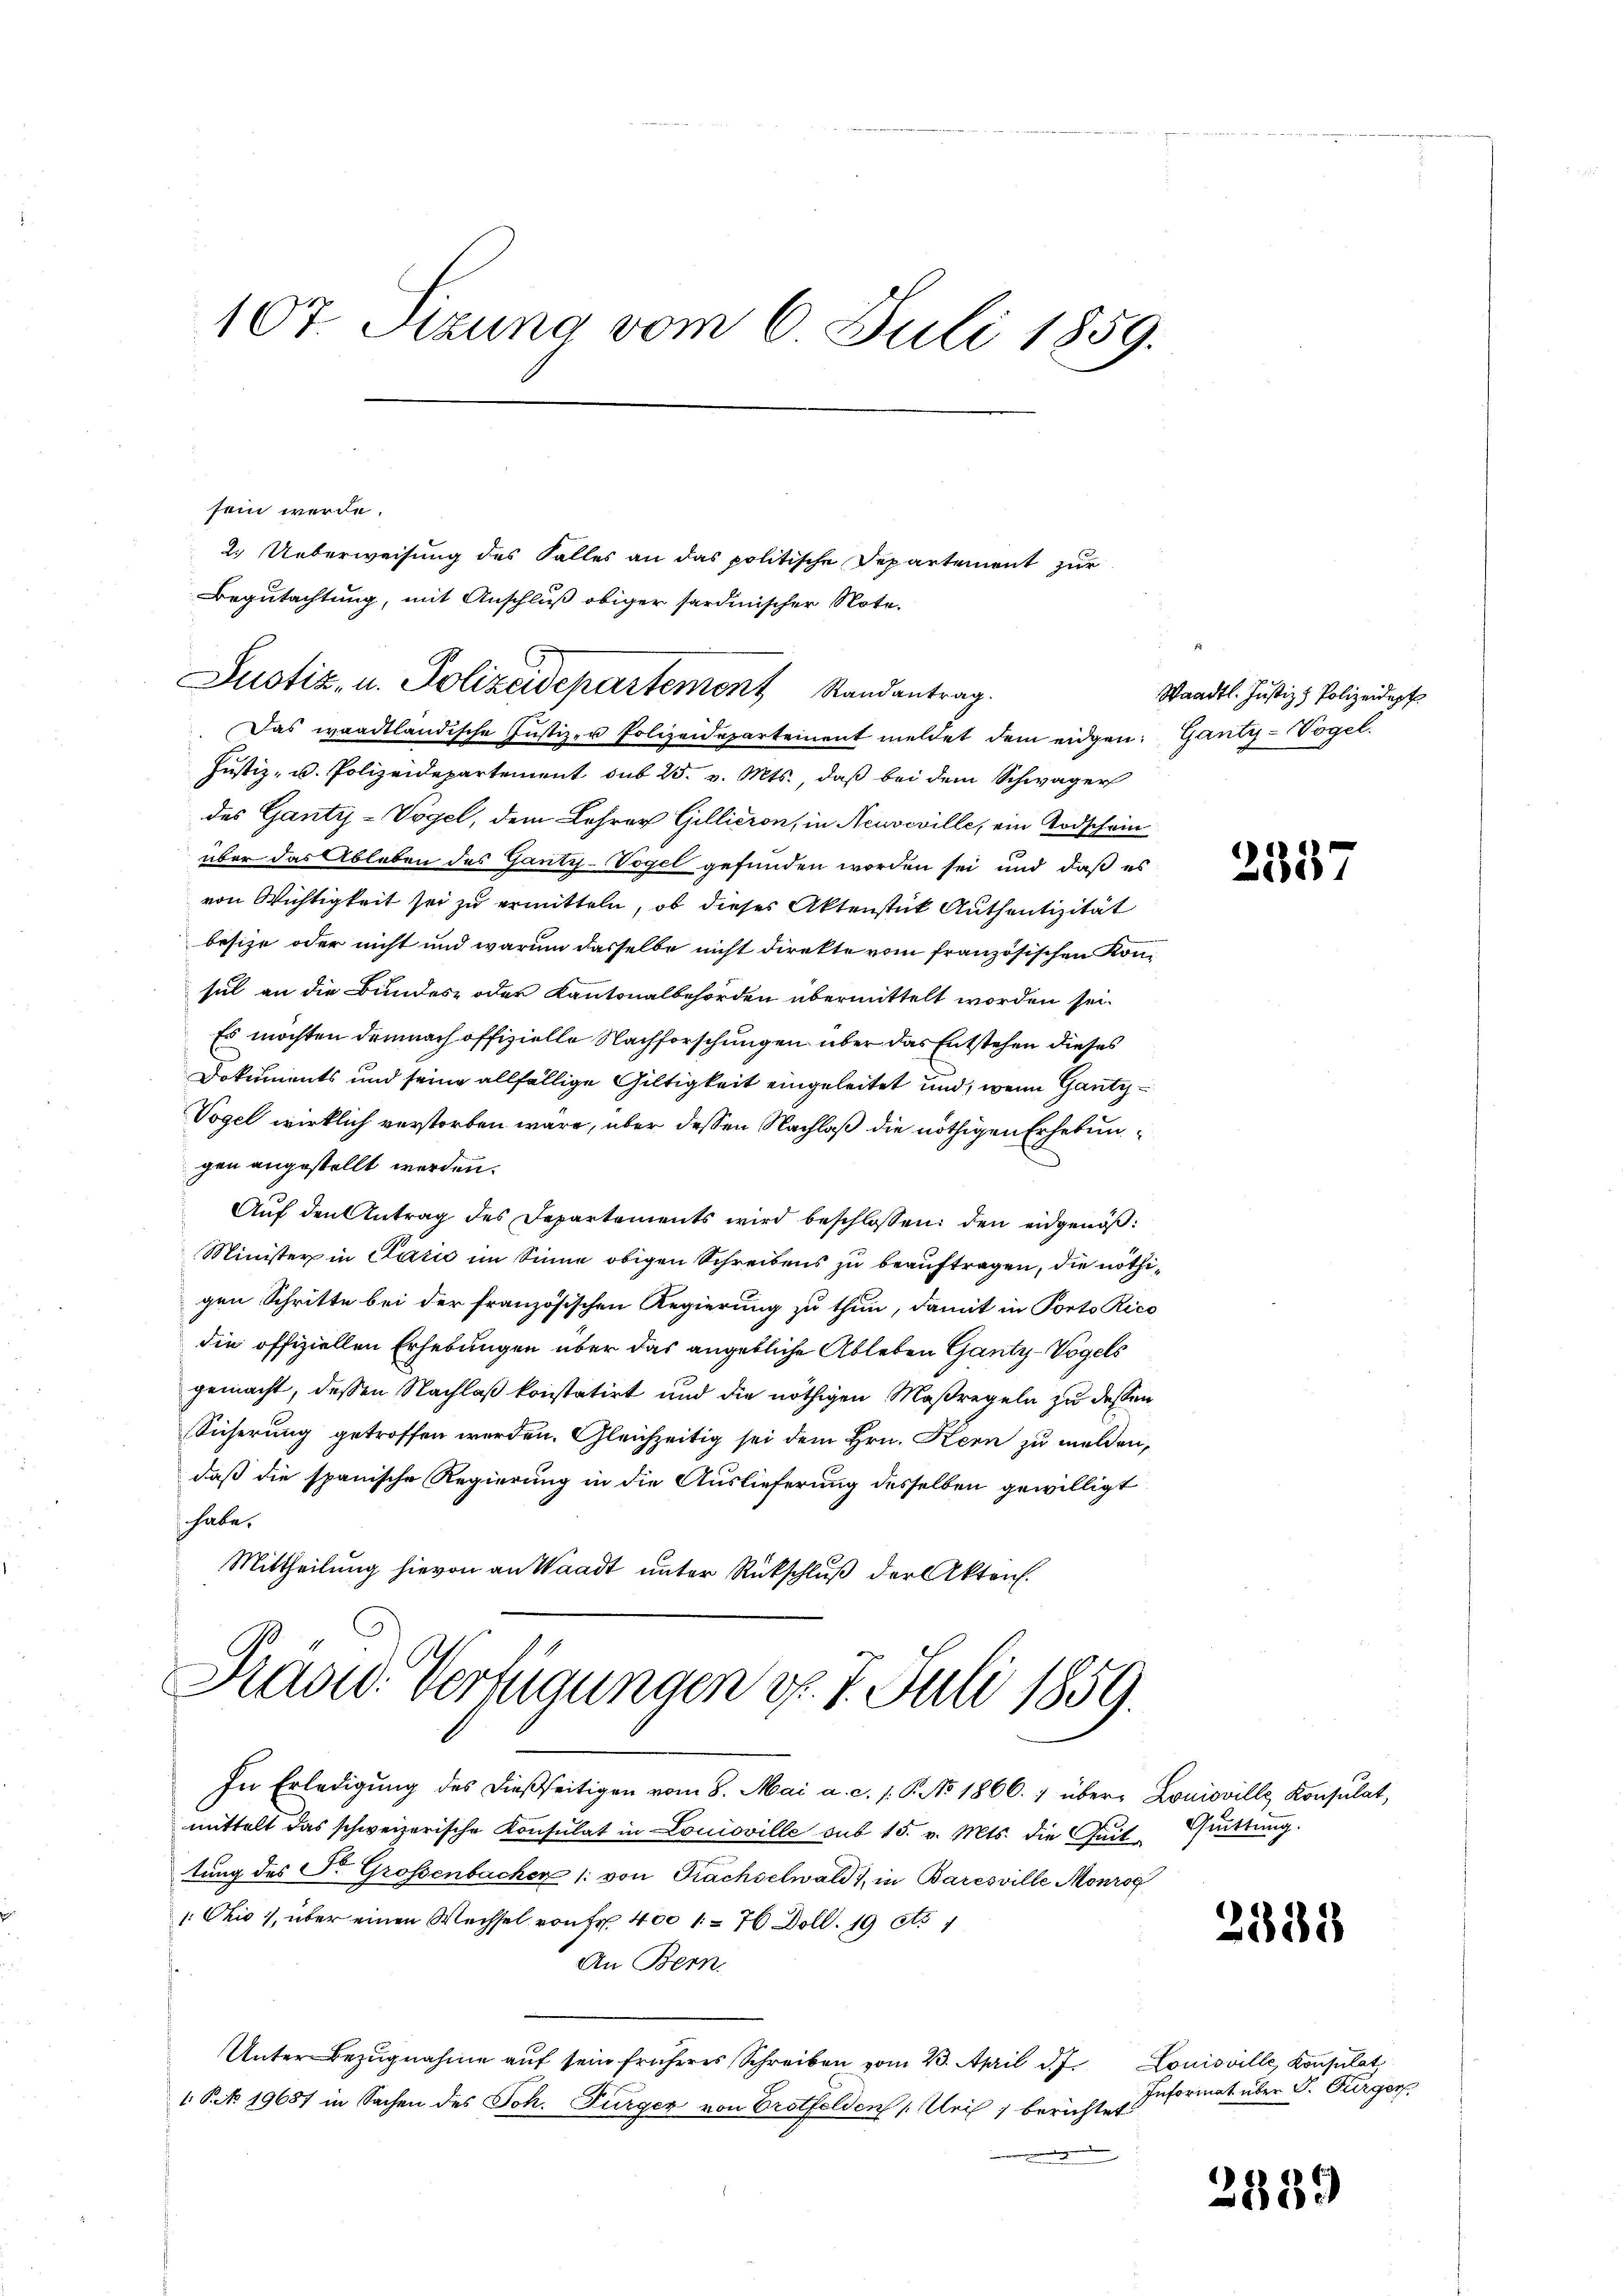
107. Sizung vom 6. Juli 1859.

sein werde.

Justiz- u. Polizeidepartemont Randantrag.
Das waadtländische Justiz- u Polizeidepartement meldet dem eidgen. Ganty-Vogel.

Justiz- u. Polizeidepartement sub 25. v. Mts., daß bei dem Schwager
des Ganty-Vogel, dem Lehrer Gillieron, in Neuveville, ein Todschein
über das Ableben des Ganty-Vogel gefunden worden sei und daß es
von Wichtigkeit sei zu ermitteln, ob dieses Aktenstück Authentizität
besize oder nicht und warum dasselbe nicht direkte vom französischen Konsul an die Bundes- oder Kantonalbehörden übermittelt worden sei.
Es möchten demnach offizielle Nachforschungen über das Entstehen dieses
Dokuments und seine allfällige Gültigkeit eingeleitet und, wenn Gantz¬
Vogel wirklich verstorben wäre, über dessen Nachlaß die nöthigen Erhebungen angestellt werden.
Auf den Antrag des Departements wird beschlossen: den eidgenöß¬
Minister in Plazić im Sinne obigen Schreibens zu beauftragen, die nöthigen Schritte bei der französischen Regierung zu thun, damit in Porto Rico
die offiziellen Erhebungen über das angebliche Ableben Gantz-Vogels
gemacht, dessen Nachlaß konstatirt und die nöthigen Maßregeln zu dessen
Sicherung getroffen werden. Gleichzeitig sei dem Hrn. Kern zu melden,
daß die spanische Regierung in die Auslieferung desselben gewilligt
habe.
Mittheilung hievon an Waadt unter Rückschluß der Akten.
Grasw. Verfügungen d. 7. Juli 1859.
In Erledigung des dießseitigen vom 8. Mai a. c. 1. P. No 1866. 7 über Louisville Konsulat,
mittelt das schweizerische Konsulat in Lonioville sub 15. v. Mts. die Zeit Guittung.
tung des Sr. Grossenbacher 1. von Frachselwald in Baresville Monrog
1. Chis 7, über einen Wechsel von Fr. 400 1= 76 Doll. 19 Ao 1
An Bern,
Unter Bezugnahme auf sein früheres Schreiben vom 23. April d. J. Louisville, Konsulat
1 Pck 19657 in Sachen des Joh. Furger von Erotfelden Uri, berichtet

2. Ueberweisung des Falles an das politische Departement zur
Begutachtung, mit Anschluß obiger sardinischer Note.

Waadt. Justiz & Polizeidept

2337

3333

Informat über S. Burger,

3589